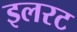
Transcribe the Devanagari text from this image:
इलरट